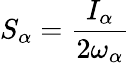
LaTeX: S_{\alpha}=\frac{I_{\alpha}}{2\omega_{\alpha}}